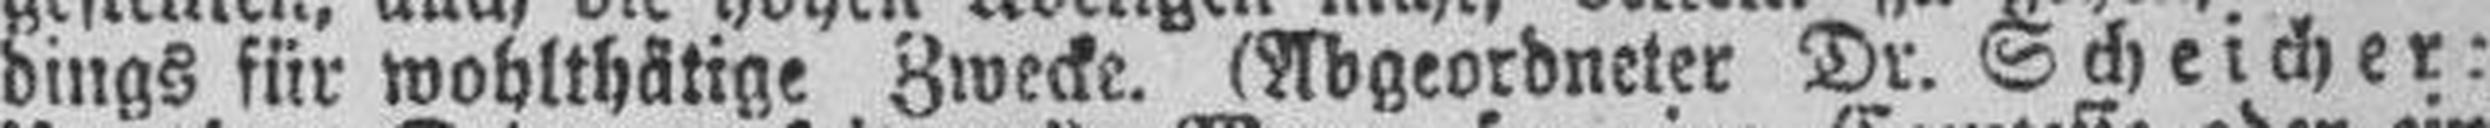
dings für wohlthätige Zwecke. (Abgeordneter Dr. Scheicher: